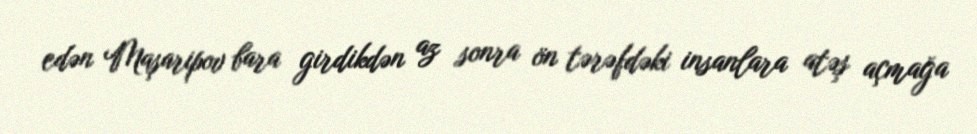
edən Maşaripov bara girdikdən az sonra ön tərəfdəki insanlara atəş açmağa